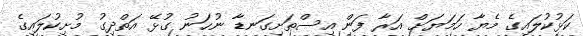
ކަޅުކުލައިގެ މެޔާ ހަމަޔަށް އަރާ ފަން އިސްތަށިގަނޑާ ނުހަނު ގުޅޭ އަތްދިގު މުށިކުލައިގެ